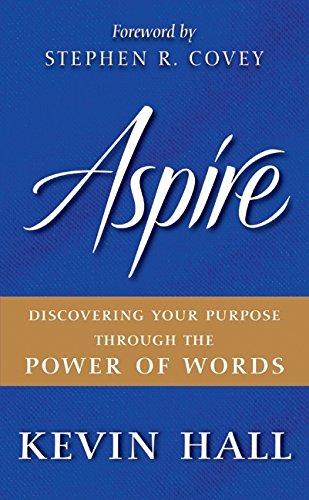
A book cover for Aspire: Discovering Your Purpose Through the Power of Words; Kevin Hall; Reference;